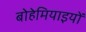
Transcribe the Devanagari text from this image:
बोहेमियाइयों